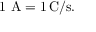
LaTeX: \mathrm { { 1 \ A = 1 \, { \mathrm { C / s } } . } }